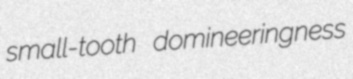
small-tooth domineeringness